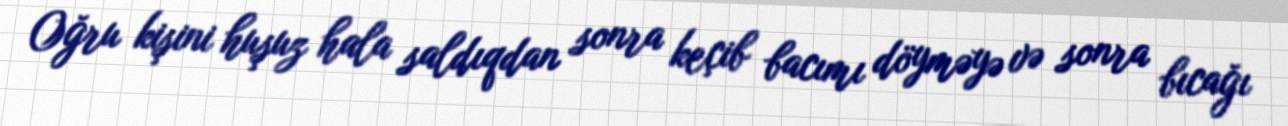
Oğru kişini huşuz hala saldıqdan sonra keçib bacımı döyməyə və sonra bıcağı